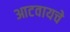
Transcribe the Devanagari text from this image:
आटवायचे